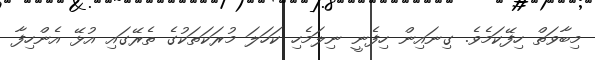
މިބާވަތް ހިފޭކަމެވެ. ގިނައިން ހިފެނީ ނިލަމެހި ކަހަލަ މުރަކަތަކުގެ ތެރޭގައި އުޅޭ އެންހިފާ